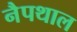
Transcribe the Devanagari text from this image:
नैपथाल